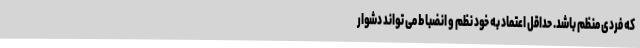
که فردی منظم باشد. حداقل اعتماد به خود نظم و انضباط می تواند دشوار